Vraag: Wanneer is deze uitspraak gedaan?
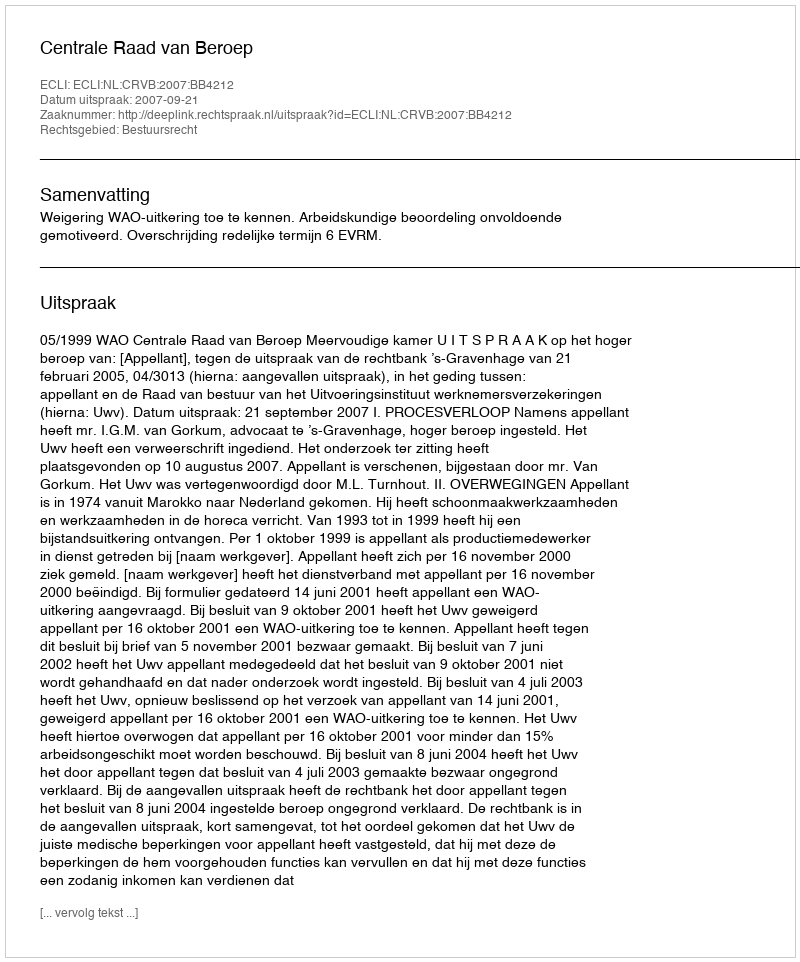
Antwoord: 2007-09-21